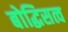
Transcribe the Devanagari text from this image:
बोद्धिसत्व